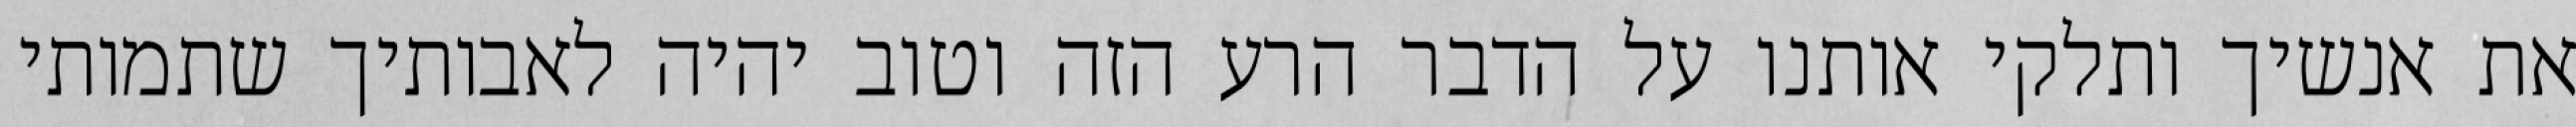
את אנשיך ותלקי אותנו על הדבר הרע הזה וטוב יהיה לאבותיך שתמותי